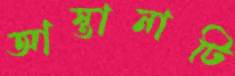
আস্তানাটি